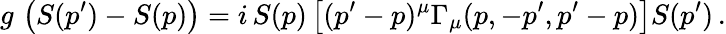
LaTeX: g\, \left(S(p^{\prime})-S(p)\right)=i\, S(p)\left[(p^{\prime}-p)^{\mu}\Gamma_{\mu}(p,-p^{\prime},p^{\prime}-p)\right]S(p^{\prime})\, .